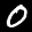
Label: 0